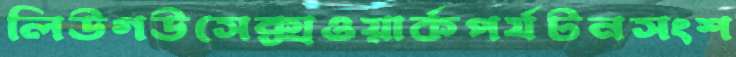
লিউগউসেক্সওয়ার্কপর্যটনসংশ